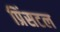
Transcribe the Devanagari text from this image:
प्रिंसटल